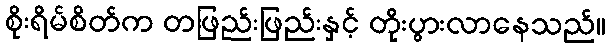
စိုးရိမ်စိတ်က တဖြည်းဖြည်းနှင့် တိုးပွားလာနေသည်။